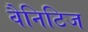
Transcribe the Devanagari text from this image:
वैनिटिज